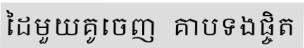
ដៃមួយគូចេញ  គាបទងផ្ចិត